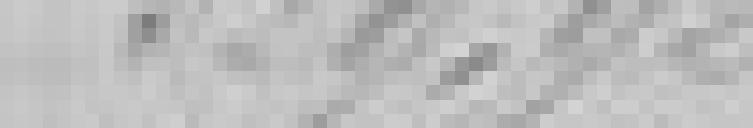
529,92